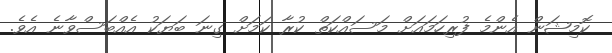
ކޮމިޝަން އެންމެ ފުރިހަމައަށް މަސައްކަތް ކުރާ ކަމަށް ގިނަ ބަޔަކު އެއްބަސްވާނެ އެވެ.